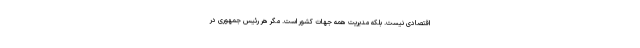
اقتصادی نیست. بلکه مدیریت همه جهات کشور است. مگر هر رئیس جمهوری در